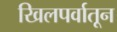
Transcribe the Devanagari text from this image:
खिलपर्वातून